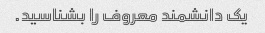
یک دانشمند معروف را بشناسید.